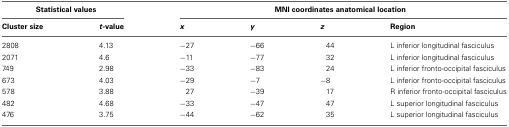
| <COLSPAN=2> Statistical values | <COLSPAN=4> MNI coordinates anatomical location |
 | Cluster size | t-value | x | y | z | Region |
 | --- | --- | --- | --- | --- | --- |
 | 2808 | 4.13 | −27 | −66 | 44 | L inferior longitudinal fasciculus |
 | 2071 | 4.6 | −11 | −77 | 32 | L inferior longitudinal fasciculus |
 | 749 | 2.98 | −33 | −83 | 24 | L inferior fronto-occipital fasciculus |
 | 673 | 4.03 | −29 | −7 | −8 | L inferior fronto-occipital fasciculus |
 | 578 | 3.88 | 27 | −39 | 17 | R inferior fronto-occipital fasciculus |
 | 482 | 4.68 | −33 | −47 | 47 | L superior longitudinal fasciculus |
 | 476 | 3.75 | −44 | −62 | 35 | L superior longitudinal fasciculus |